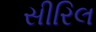
સીરિલ